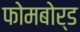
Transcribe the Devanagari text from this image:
फोमबोर्ड